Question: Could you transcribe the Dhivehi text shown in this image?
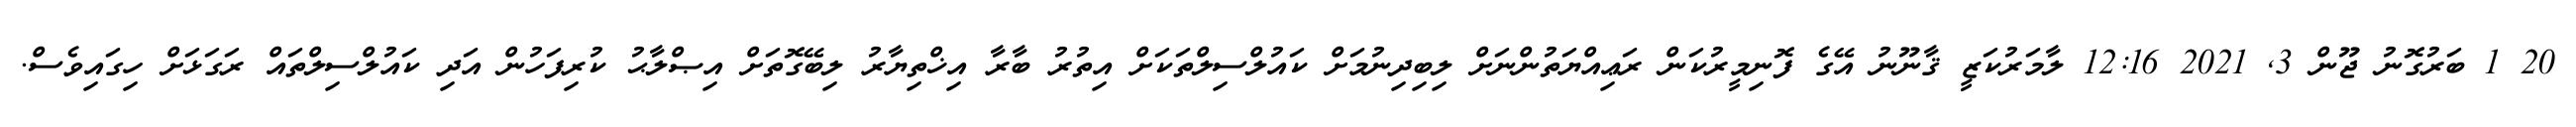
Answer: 20 1 ބަރުގޮނު ޖޫން 3, 2021 12:16 ލާމަރުކަޒީ ޤާނޫނު އޭގެ ފޮނިމީރުކަން ރަޢިއްޔަތުންނަށް ލިބިދިނުމަށް ކައުލްސިލްތަކަށް އިތުރު ބާރާ އިޚްތިޔާރު ލިބޭގޮތަށް އިޞްލާޙު ކުރިފަހުން އަދި ކައުލްސިލްތައް ރަގަޅަށް ހިގައިވެސް.